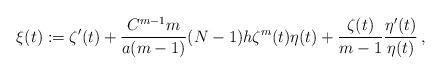
LaTeX: \begin{align*}\xi(t):=\zeta'(t) + \frac{C^{m-1}m}{a(m-1)}(N-1) h \zeta^m(t) \eta(t) + \frac{\zeta(t)}{m-1}\frac{\eta'(t)}{\eta(t)}\,,\end{align*}